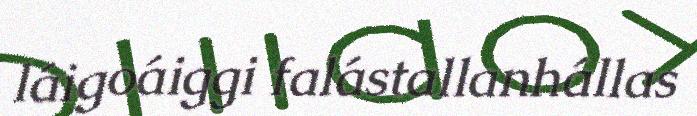
láigoáiggi falástallanhállas